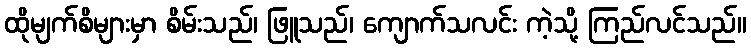
ထိုမျက်စိများမှာ စိမ်းသည်၊ ဖြူသည်၊ ကျောက်သလင်း ကဲ့သို့ ကြည်လင်သည်။